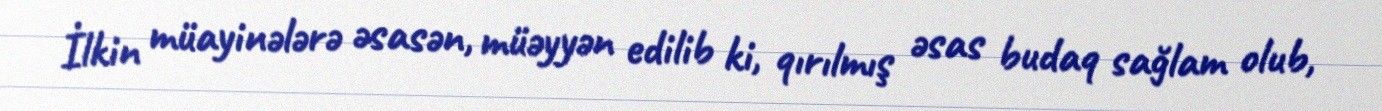
İlkin müayinələrə əsasən, müəyyən edilib ki, qırılmış əsas budaq sağlam olub,